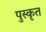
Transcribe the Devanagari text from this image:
पुस्कृत